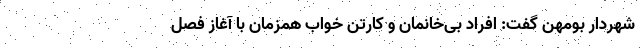
شهردار بومهن گفت: افراد بی‌خانمان و کارتن خواب همزمان با آغاز فصل